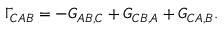
\Gamma _ { C A B } = - G _ { A B , C } + G _ { C B , A } + G _ { C A , B } .